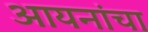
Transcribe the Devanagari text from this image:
आयनांचा